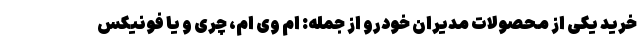
خرید یکی از محصولات مدیران خودرو از جمله: ام وی ام، چری و یا فونیکس